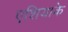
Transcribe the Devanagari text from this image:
एशियाके